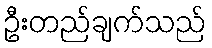
ဦးတည်ချက်သည်